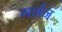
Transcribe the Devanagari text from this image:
गर्शन